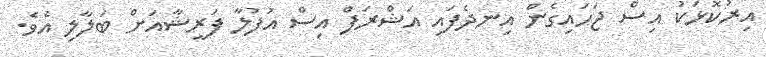
އިރުކޮޅަކު އިސް ޖަހައިގެން އިނދެފައި އަޝްރަފް އިސް އުފުލާ ފަރީޝާއަށް ބަލާލި އެވެ.